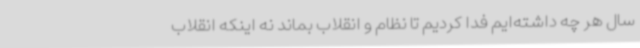
سال هر چه داشته‌ایم فدا کردیم تا نظام و انقلاب بماند نه اینکه انقلاب